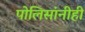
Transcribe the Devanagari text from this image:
पोलिसांनीही